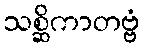
သစ္ဆိကာတဗ္ဗံ